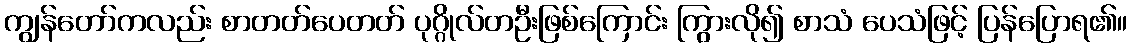
ကျွန်တော်ကလည်း စာတတ်ပေတတ် ပုဂ္ဂိုလ်တဦးဖြစ်ကြောင်း ကြွားလို၍ စာသံ ပေသံဖြင့် ပြန်ပြောရ၏။